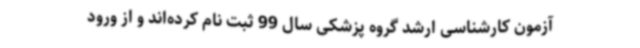
آزمون کارشناسی ارشد گروه پزشکی سال 99 ثبت نام کرده‌اند و از ورود